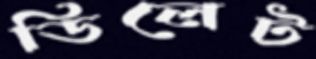
ডিলেট